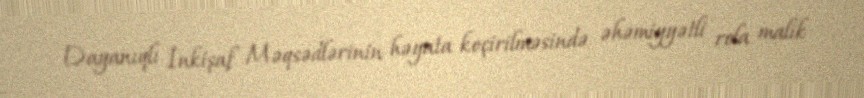
Dayanıqlı İnkişaf Məqsədlərinin həyata keçirilməsində əhəmiyyətli rola malik